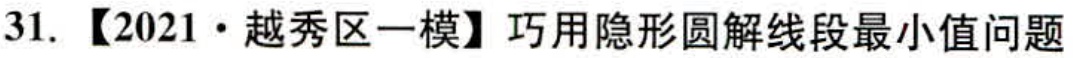
31. 【2021·越秀区一模】巧用隐形圆解线段最小值问题